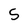
Character: S